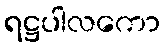
ရဋ္ဌပါလကော